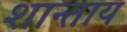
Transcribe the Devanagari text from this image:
शान्ताय